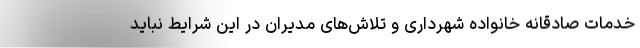
خدمات صادقانه خانواده شهرداری و تلاش‌های مدیران در این شرایط نباید